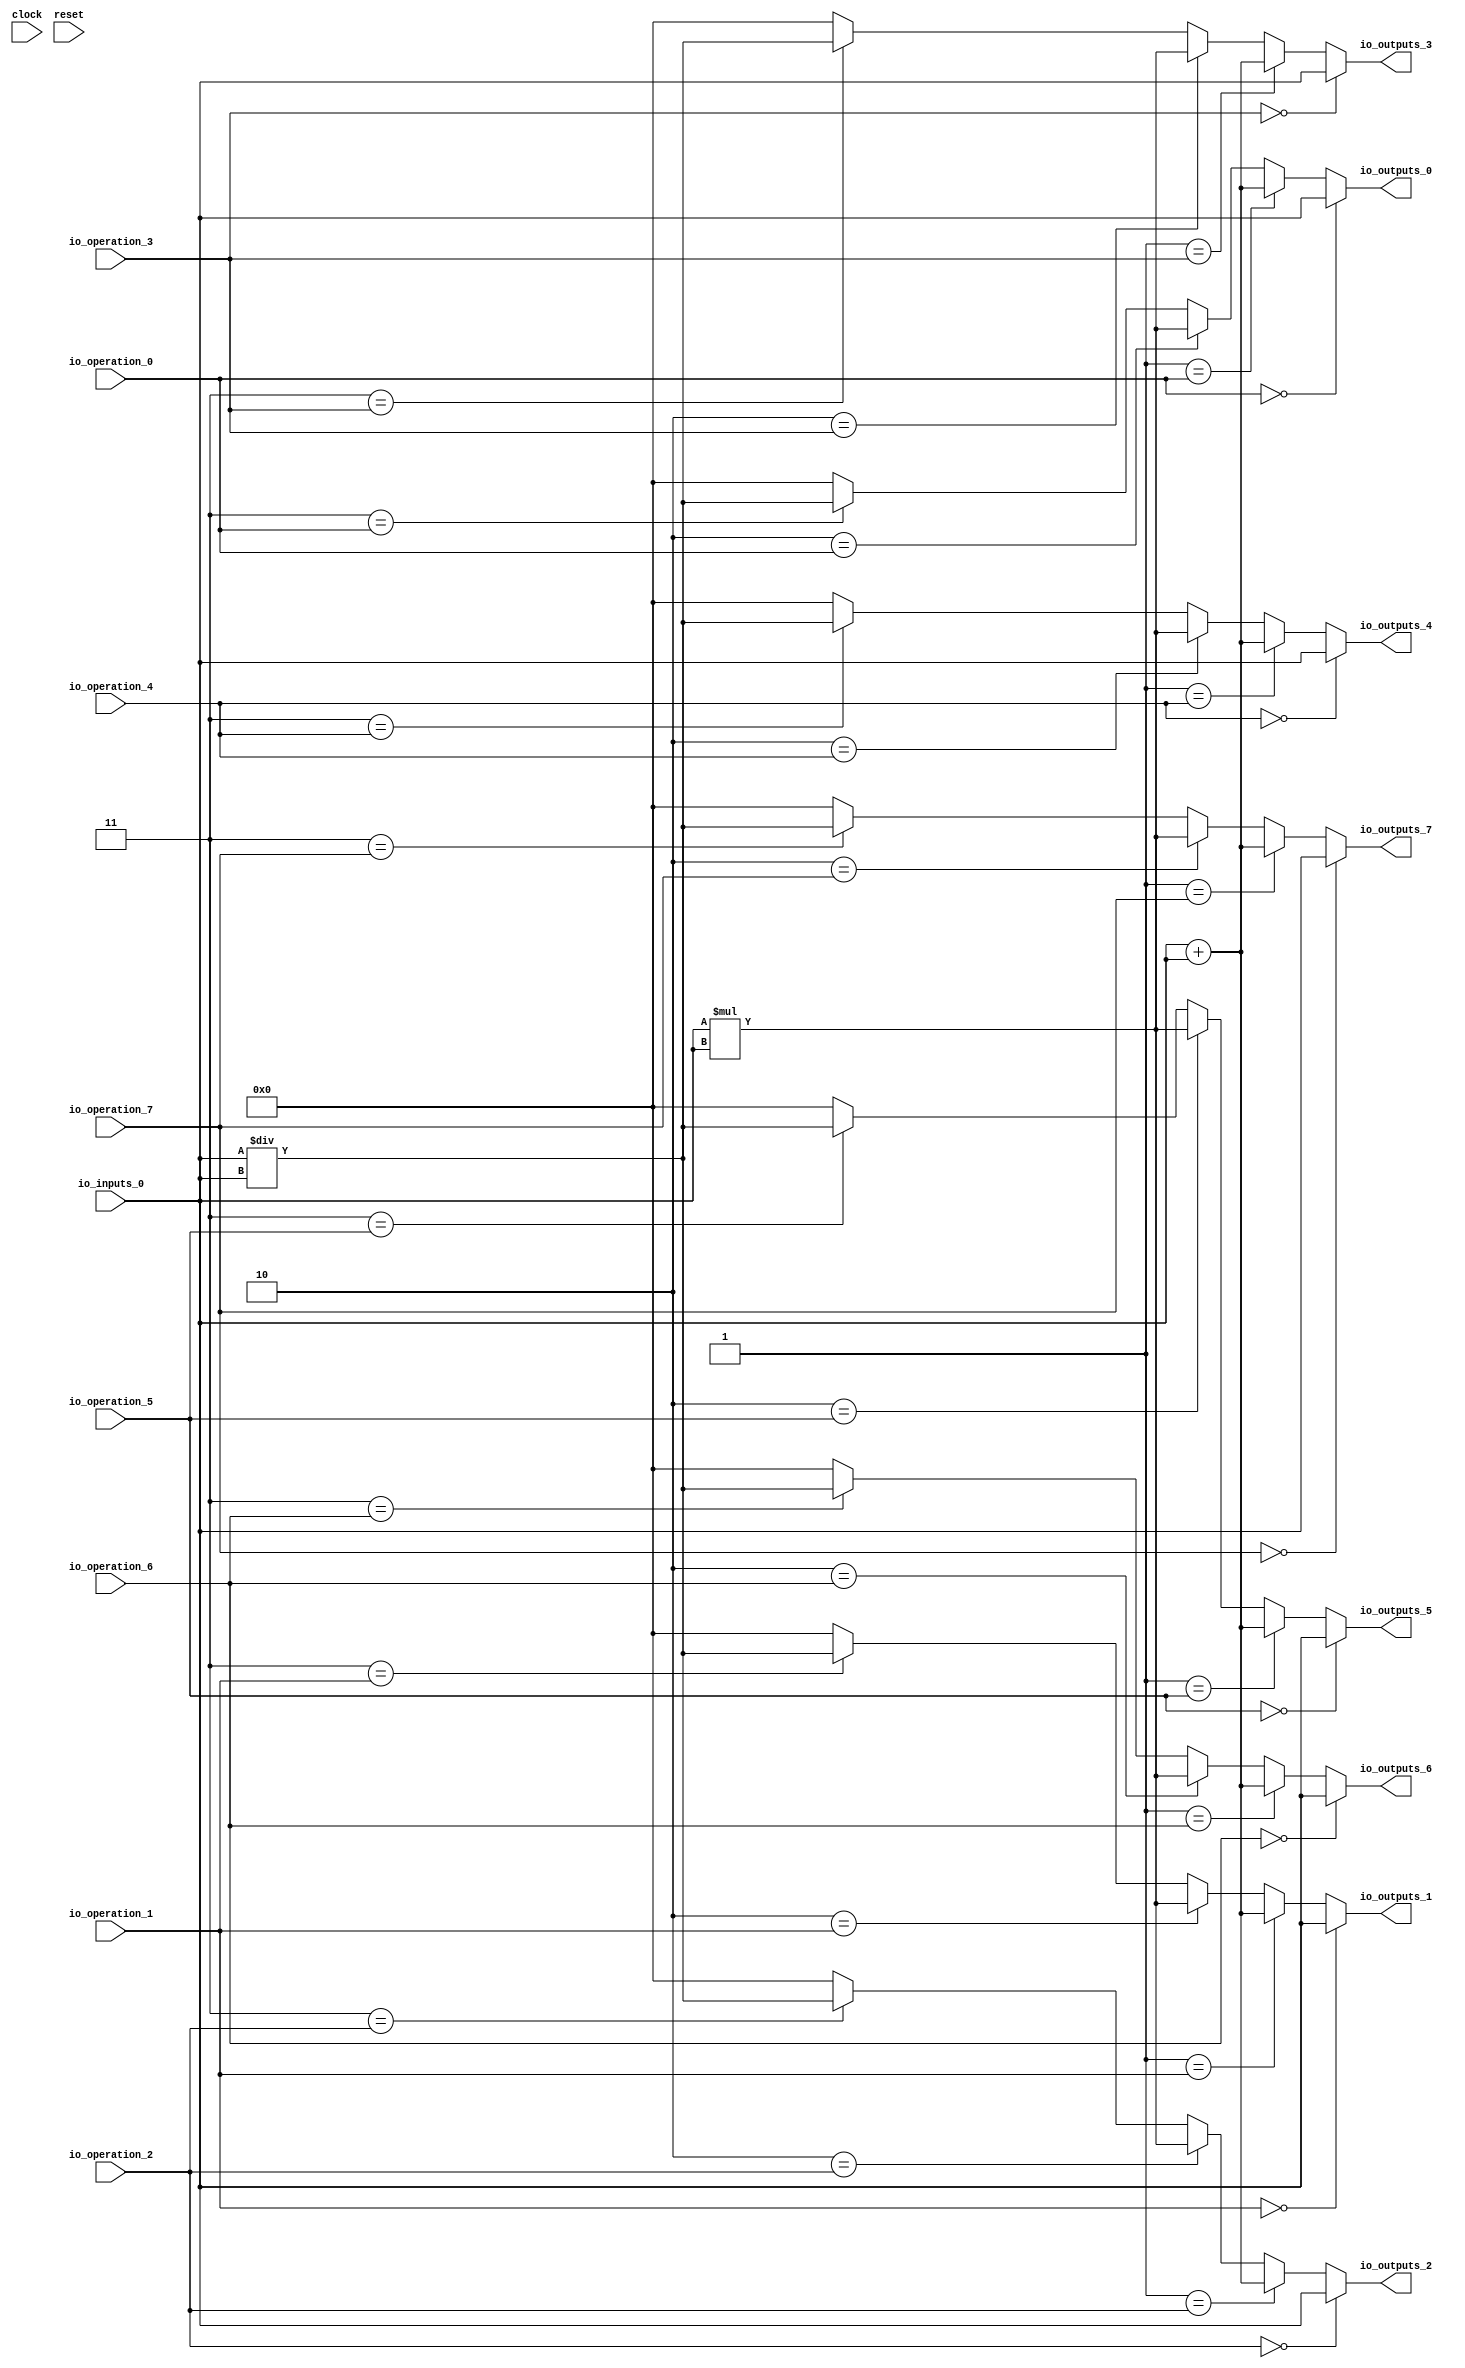
module MuxTest_width_64_inputs_1_outputs_8_pipeline_0( // @[:@3.2]
  input         clock, // @[:@4.4]
  input         reset, // @[:@5.4]
  input  [2:0]  io_operation_0, // @[:@6.4]
  input  [2:0]  io_operation_1, // @[:@6.4]
  input  [2:0]  io_operation_2, // @[:@6.4]
  input  [2:0]  io_operation_3, // @[:@6.4]
  input  [2:0]  io_operation_4, // @[:@6.4]
  input  [2:0]  io_operation_5, // @[:@6.4]
  input  [2:0]  io_operation_6, // @[:@6.4]
  input  [2:0]  io_operation_7, // @[:@6.4]
  input  [63:0] io_inputs_0, // @[:@6.4]
  output [63:0] io_outputs_0, // @[:@6.4]
  output [63:0] io_outputs_1, // @[:@6.4]
  output [63:0] io_outputs_2, // @[:@6.4]
  output [63:0] io_outputs_3, // @[:@6.4]
  output [63:0] io_outputs_4, // @[:@6.4]
  output [63:0] io_outputs_5, // @[:@6.4]
  output [63:0] io_outputs_6, // @[:@6.4]
  output [63:0] io_outputs_7 // @[:@6.4]
);
  wire [64:0] _T_404; // @[MuxTest_width_64_inputs_1_outputs_8_pipeline_0s.scala 32:53:@8.4]
  wire [63:0] _T_405; // @[MuxTest_width_64_inputs_1_outputs_8_pipeline_0s.scala 32:53:@9.4]
  wire [127:0] _T_407; // @[MuxTest_width_64_inputs_1_outputs_8_pipeline_0s.scala 33:58:@10.4]
  wire [63:0] _T_409; // @[MuxTest_width_64_inputs_1_outputs_8_pipeline_0s.scala 34:56:@11.4]
  wire  _T_410; // @[Mux.scala 46:19:@12.4]
  wire [63:0] _T_411; // @[Mux.scala 46:16:@13.4]
  wire  _T_412; // @[Mux.scala 46:19:@14.4]
  wire [127:0] _T_413; // @[Mux.scala 46:16:@15.4]
  wire  _T_414; // @[Mux.scala 46:19:@16.4]
  wire [127:0] _T_415; // @[Mux.scala 46:16:@17.4]
  wire  _T_416; // @[Mux.scala 46:19:@18.4]
  wire [127:0] _T_417; // @[Mux.scala 46:16:@19.4]
  wire  _T_427; // @[Mux.scala 46:19:@24.4]
  wire [63:0] _T_428; // @[Mux.scala 46:16:@25.4]
  wire  _T_429; // @[Mux.scala 46:19:@26.4]
  wire [127:0] _T_430; // @[Mux.scala 46:16:@27.4]
  wire  _T_431; // @[Mux.scala 46:19:@28.4]
  wire [127:0] _T_432; // @[Mux.scala 46:16:@29.4]
  wire  _T_433; // @[Mux.scala 46:19:@30.4]
  wire [127:0] _T_434; // @[Mux.scala 46:16:@31.4]
  wire  _T_444; // @[Mux.scala 46:19:@36.4]
  wire [63:0] _T_445; // @[Mux.scala 46:16:@37.4]
  wire  _T_446; // @[Mux.scala 46:19:@38.4]
  wire [127:0] _T_447; // @[Mux.scala 46:16:@39.4]
  wire  _T_448; // @[Mux.scala 46:19:@40.4]
  wire [127:0] _T_449; // @[Mux.scala 46:16:@41.4]
  wire  _T_450; // @[Mux.scala 46:19:@42.4]
  wire [127:0] _T_451; // @[Mux.scala 46:16:@43.4]
  wire  _T_461; // @[Mux.scala 46:19:@48.4]
  wire [63:0] _T_462; // @[Mux.scala 46:16:@49.4]
  wire  _T_463; // @[Mux.scala 46:19:@50.4]
  wire [127:0] _T_464; // @[Mux.scala 46:16:@51.4]
  wire  _T_465; // @[Mux.scala 46:19:@52.4]
  wire [127:0] _T_466; // @[Mux.scala 46:16:@53.4]
  wire  _T_467; // @[Mux.scala 46:19:@54.4]
  wire [127:0] _T_468; // @[Mux.scala 46:16:@55.4]
  wire  _T_478; // @[Mux.scala 46:19:@60.4]
  wire [63:0] _T_479; // @[Mux.scala 46:16:@61.4]
  wire  _T_480; // @[Mux.scala 46:19:@62.4]
  wire [127:0] _T_481; // @[Mux.scala 46:16:@63.4]
  wire  _T_482; // @[Mux.scala 46:19:@64.4]
  wire [127:0] _T_483; // @[Mux.scala 46:16:@65.4]
  wire  _T_484; // @[Mux.scala 46:19:@66.4]
  wire [127:0] _T_485; // @[Mux.scala 46:16:@67.4]
  wire  _T_495; // @[Mux.scala 46:19:@72.4]
  wire [63:0] _T_496; // @[Mux.scala 46:16:@73.4]
  wire  _T_497; // @[Mux.scala 46:19:@74.4]
  wire [127:0] _T_498; // @[Mux.scala 46:16:@75.4]
  wire  _T_499; // @[Mux.scala 46:19:@76.4]
  wire [127:0] _T_500; // @[Mux.scala 46:16:@77.4]
  wire  _T_501; // @[Mux.scala 46:19:@78.4]
  wire [127:0] _T_502; // @[Mux.scala 46:16:@79.4]
  wire  _T_512; // @[Mux.scala 46:19:@84.4]
  wire [63:0] _T_513; // @[Mux.scala 46:16:@85.4]
  wire  _T_514; // @[Mux.scala 46:19:@86.4]
  wire [127:0] _T_515; // @[Mux.scala 46:16:@87.4]
  wire  _T_516; // @[Mux.scala 46:19:@88.4]
  wire [127:0] _T_517; // @[Mux.scala 46:16:@89.4]
  wire  _T_518; // @[Mux.scala 46:19:@90.4]
  wire [127:0] _T_519; // @[Mux.scala 46:16:@91.4]
  wire  _T_529; // @[Mux.scala 46:19:@96.4]
  wire [63:0] _T_530; // @[Mux.scala 46:16:@97.4]
  wire  _T_531; // @[Mux.scala 46:19:@98.4]
  wire [127:0] _T_532; // @[Mux.scala 46:16:@99.4]
  wire  _T_533; // @[Mux.scala 46:19:@100.4]
  wire [127:0] _T_534; // @[Mux.scala 46:16:@101.4]
  wire  _T_535; // @[Mux.scala 46:19:@102.4]
  wire [127:0] _T_536; // @[Mux.scala 46:16:@103.4]
  assign _T_404 = io_inputs_0 + io_inputs_0; // @[MuxTest_width_64_inputs_1_outputs_8_pipeline_0s.scala 32:53:@8.4]
  assign _T_405 = io_inputs_0 + io_inputs_0; // @[MuxTest_width_64_inputs_1_outputs_8_pipeline_0s.scala 32:53:@9.4]
  assign _T_407 = io_inputs_0 * io_inputs_0; // @[MuxTest_width_64_inputs_1_outputs_8_pipeline_0s.scala 33:58:@10.4]
  assign _T_409 = io_inputs_0 / io_inputs_0; // @[MuxTest_width_64_inputs_1_outputs_8_pipeline_0s.scala 34:56:@11.4]
  assign _T_410 = 3'h3 == io_operation_0; // @[Mux.scala 46:19:@12.4]
  assign _T_411 = _T_410 ? _T_409 : 64'h0; // @[Mux.scala 46:16:@13.4]
  assign _T_412 = 3'h2 == io_operation_0; // @[Mux.scala 46:19:@14.4]
  assign _T_413 = _T_412 ? _T_407 : {{64'd0}, _T_411}; // @[Mux.scala 46:16:@15.4]
  assign _T_414 = 3'h1 == io_operation_0; // @[Mux.scala 46:19:@16.4]
  assign _T_415 = _T_414 ? {{64'd0}, _T_405} : _T_413; // @[Mux.scala 46:16:@17.4]
  assign _T_416 = 3'h0 == io_operation_0; // @[Mux.scala 46:19:@18.4]
  assign _T_417 = _T_416 ? {{64'd0}, io_inputs_0} : _T_415; // @[Mux.scala 46:16:@19.4]
  assign _T_427 = 3'h3 == io_operation_1; // @[Mux.scala 46:19:@24.4]
  assign _T_428 = _T_427 ? _T_409 : 64'h0; // @[Mux.scala 46:16:@25.4]
  assign _T_429 = 3'h2 == io_operation_1; // @[Mux.scala 46:19:@26.4]
  assign _T_430 = _T_429 ? _T_407 : {{64'd0}, _T_428}; // @[Mux.scala 46:16:@27.4]
  assign _T_431 = 3'h1 == io_operation_1; // @[Mux.scala 46:19:@28.4]
  assign _T_432 = _T_431 ? {{64'd0}, _T_405} : _T_430; // @[Mux.scala 46:16:@29.4]
  assign _T_433 = 3'h0 == io_operation_1; // @[Mux.scala 46:19:@30.4]
  assign _T_434 = _T_433 ? {{64'd0}, io_inputs_0} : _T_432; // @[Mux.scala 46:16:@31.4]
  assign _T_444 = 3'h3 == io_operation_2; // @[Mux.scala 46:19:@36.4]
  assign _T_445 = _T_444 ? _T_409 : 64'h0; // @[Mux.scala 46:16:@37.4]
  assign _T_446 = 3'h2 == io_operation_2; // @[Mux.scala 46:19:@38.4]
  assign _T_447 = _T_446 ? _T_407 : {{64'd0}, _T_445}; // @[Mux.scala 46:16:@39.4]
  assign _T_448 = 3'h1 == io_operation_2; // @[Mux.scala 46:19:@40.4]
  assign _T_449 = _T_448 ? {{64'd0}, _T_405} : _T_447; // @[Mux.scala 46:16:@41.4]
  assign _T_450 = 3'h0 == io_operation_2; // @[Mux.scala 46:19:@42.4]
  assign _T_451 = _T_450 ? {{64'd0}, io_inputs_0} : _T_449; // @[Mux.scala 46:16:@43.4]
  assign _T_461 = 3'h3 == io_operation_3; // @[Mux.scala 46:19:@48.4]
  assign _T_462 = _T_461 ? _T_409 : 64'h0; // @[Mux.scala 46:16:@49.4]
  assign _T_463 = 3'h2 == io_operation_3; // @[Mux.scala 46:19:@50.4]
  assign _T_464 = _T_463 ? _T_407 : {{64'd0}, _T_462}; // @[Mux.scala 46:16:@51.4]
  assign _T_465 = 3'h1 == io_operation_3; // @[Mux.scala 46:19:@52.4]
  assign _T_466 = _T_465 ? {{64'd0}, _T_405} : _T_464; // @[Mux.scala 46:16:@53.4]
  assign _T_467 = 3'h0 == io_operation_3; // @[Mux.scala 46:19:@54.4]
  assign _T_468 = _T_467 ? {{64'd0}, io_inputs_0} : _T_466; // @[Mux.scala 46:16:@55.4]
  assign _T_478 = 3'h3 == io_operation_4; // @[Mux.scala 46:19:@60.4]
  assign _T_479 = _T_478 ? _T_409 : 64'h0; // @[Mux.scala 46:16:@61.4]
  assign _T_480 = 3'h2 == io_operation_4; // @[Mux.scala 46:19:@62.4]
  assign _T_481 = _T_480 ? _T_407 : {{64'd0}, _T_479}; // @[Mux.scala 46:16:@63.4]
  assign _T_482 = 3'h1 == io_operation_4; // @[Mux.scala 46:19:@64.4]
  assign _T_483 = _T_482 ? {{64'd0}, _T_405} : _T_481; // @[Mux.scala 46:16:@65.4]
  assign _T_484 = 3'h0 == io_operation_4; // @[Mux.scala 46:19:@66.4]
  assign _T_485 = _T_484 ? {{64'd0}, io_inputs_0} : _T_483; // @[Mux.scala 46:16:@67.4]
  assign _T_495 = 3'h3 == io_operation_5; // @[Mux.scala 46:19:@72.4]
  assign _T_496 = _T_495 ? _T_409 : 64'h0; // @[Mux.scala 46:16:@73.4]
  assign _T_497 = 3'h2 == io_operation_5; // @[Mux.scala 46:19:@74.4]
  assign _T_498 = _T_497 ? _T_407 : {{64'd0}, _T_496}; // @[Mux.scala 46:16:@75.4]
  assign _T_499 = 3'h1 == io_operation_5; // @[Mux.scala 46:19:@76.4]
  assign _T_500 = _T_499 ? {{64'd0}, _T_405} : _T_498; // @[Mux.scala 46:16:@77.4]
  assign _T_501 = 3'h0 == io_operation_5; // @[Mux.scala 46:19:@78.4]
  assign _T_502 = _T_501 ? {{64'd0}, io_inputs_0} : _T_500; // @[Mux.scala 46:16:@79.4]
  assign _T_512 = 3'h3 == io_operation_6; // @[Mux.scala 46:19:@84.4]
  assign _T_513 = _T_512 ? _T_409 : 64'h0; // @[Mux.scala 46:16:@85.4]
  assign _T_514 = 3'h2 == io_operation_6; // @[Mux.scala 46:19:@86.4]
  assign _T_515 = _T_514 ? _T_407 : {{64'd0}, _T_513}; // @[Mux.scala 46:16:@87.4]
  assign _T_516 = 3'h1 == io_operation_6; // @[Mux.scala 46:19:@88.4]
  assign _T_517 = _T_516 ? {{64'd0}, _T_405} : _T_515; // @[Mux.scala 46:16:@89.4]
  assign _T_518 = 3'h0 == io_operation_6; // @[Mux.scala 46:19:@90.4]
  assign _T_519 = _T_518 ? {{64'd0}, io_inputs_0} : _T_517; // @[Mux.scala 46:16:@91.4]
  assign _T_529 = 3'h3 == io_operation_7; // @[Mux.scala 46:19:@96.4]
  assign _T_530 = _T_529 ? _T_409 : 64'h0; // @[Mux.scala 46:16:@97.4]
  assign _T_531 = 3'h2 == io_operation_7; // @[Mux.scala 46:19:@98.4]
  assign _T_532 = _T_531 ? _T_407 : {{64'd0}, _T_530}; // @[Mux.scala 46:16:@99.4]
  assign _T_533 = 3'h1 == io_operation_7; // @[Mux.scala 46:19:@100.4]
  assign _T_534 = _T_533 ? {{64'd0}, _T_405} : _T_532; // @[Mux.scala 46:16:@101.4]
  assign _T_535 = 3'h0 == io_operation_7; // @[Mux.scala 46:19:@102.4]
  assign _T_536 = _T_535 ? {{64'd0}, io_inputs_0} : _T_534; // @[Mux.scala 46:16:@103.4]
  assign io_outputs_0 = _T_417[63:0]; // @[MuxTest_width_64_inputs_1_outputs_8_pipeline_0s.scala 23:14:@104.4]
  assign io_outputs_1 = _T_434[63:0]; // @[MuxTest_width_64_inputs_1_outputs_8_pipeline_0s.scala 23:14:@105.4]
  assign io_outputs_2 = _T_451[63:0]; // @[MuxTest_width_64_inputs_1_outputs_8_pipeline_0s.scala 23:14:@106.4]
  assign io_outputs_3 = _T_468[63:0]; // @[MuxTest_width_64_inputs_1_outputs_8_pipeline_0s.scala 23:14:@107.4]
  assign io_outputs_4 = _T_485[63:0]; // @[MuxTest_width_64_inputs_1_outputs_8_pipeline_0s.scala 23:14:@108.4]
  assign io_outputs_5 = _T_502[63:0]; // @[MuxTest_width_64_inputs_1_outputs_8_pipeline_0s.scala 23:14:@109.4]
  assign io_outputs_6 = _T_519[63:0]; // @[MuxTest_width_64_inputs_1_outputs_8_pipeline_0s.scala 23:14:@110.4]
  assign io_outputs_7 = _T_536[63:0]; // @[MuxTest_width_64_inputs_1_outputs_8_pipeline_0s.scala 23:14:@111.4]
endmodule